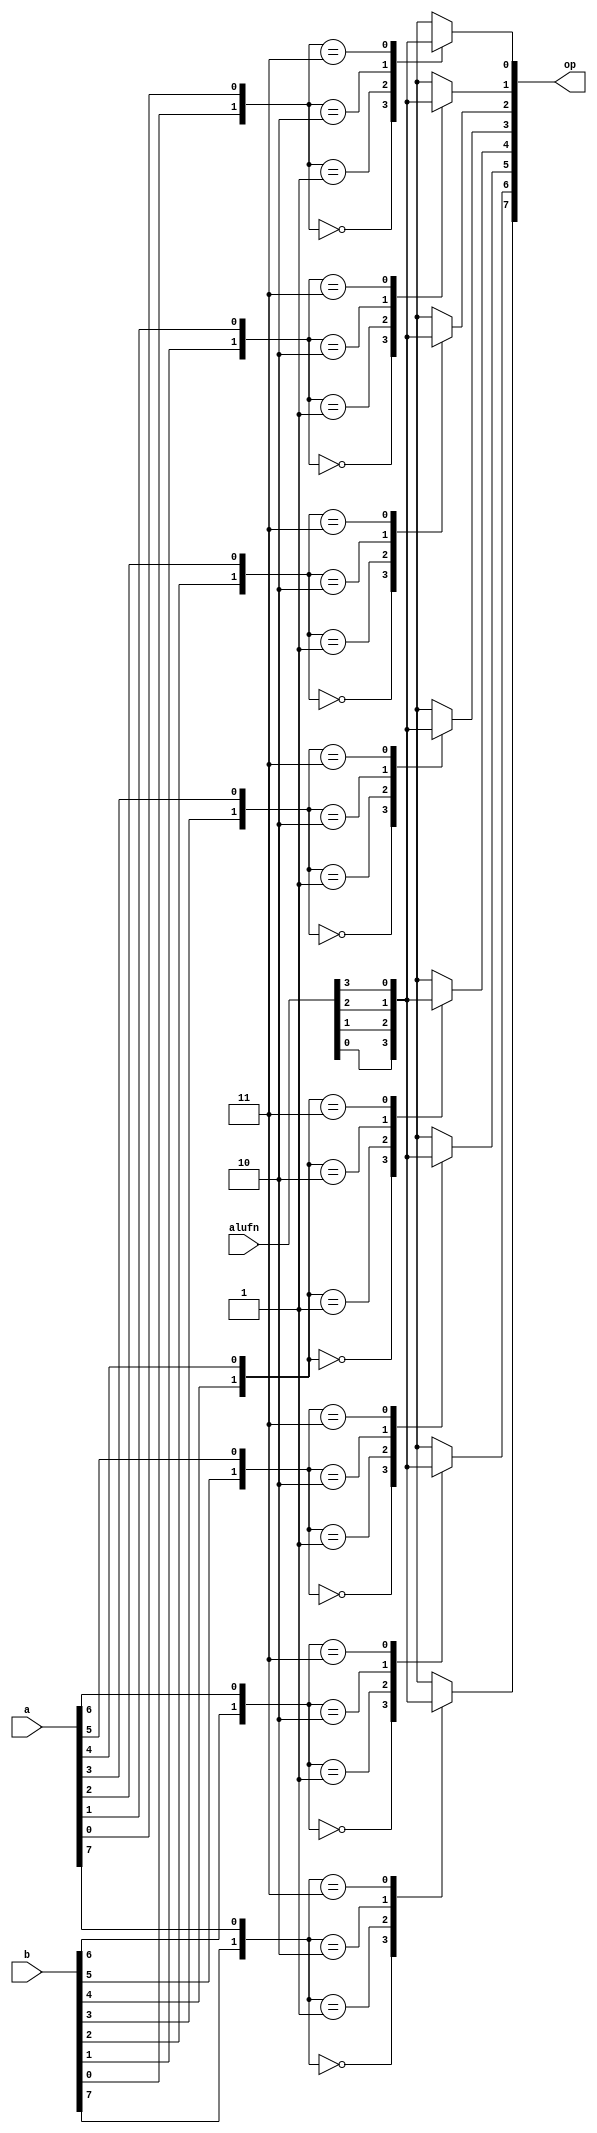
/*
   This file was generated automatically by the Mojo IDE version B1.3.4.
   Do not edit this file directly. Instead edit the original Lucid source.
   This is a temporary file and any changes made to it will be destroyed.
*/

module boolean_4 (
    input [7:0] a,
    input [7:0] b,
    input [3:0] alufn,
    output reg [7:0] op
  );
  
  
  
  integer i;
  
  reg [1:0] abi;
  
  always @* begin
    op = 8'h00;
    for (i = 1'h0; i < 4'h8; i = i + 1) begin
      abi[1+0-:1] = b[(i)*1+0-:1];
      abi[0+0-:1] = a[(i)*1+0-:1];
      
      case (abi)
        2'h0: begin
          op[(i)*1+0-:1] = alufn[0+0-:1];
        end
        2'h1: begin
          op[(i)*1+0-:1] = alufn[1+0-:1];
        end
        2'h2: begin
          op[(i)*1+0-:1] = alufn[2+0-:1];
        end
        2'h3: begin
          op[(i)*1+0-:1] = alufn[3+0-:1];
        end
      endcase
    end
  end
endmodule